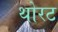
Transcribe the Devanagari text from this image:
थोरट